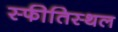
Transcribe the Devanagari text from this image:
स्फीतिस्थल